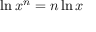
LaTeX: \ln x ^ { n } = n \ln x